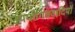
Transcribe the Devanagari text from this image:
उपयोगितवादियों